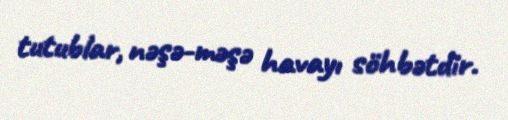
tutublar, nəşə-məşə havayı söhbətdir.